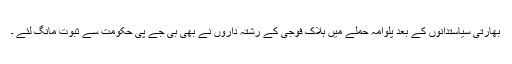
بھارتی سیاستدانوں کے بعد پلوامہ حملے میں ہلاک فوجی کے رشتہ داروں نے بھی بی جے پی حکومت سے ثبوت مانگ لئے ۔